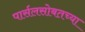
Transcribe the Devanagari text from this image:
पार्सलसोबतच्या